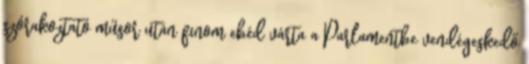
szórakoztató műsor után finom ebéd várta a Parlamentbe vendégeskedő